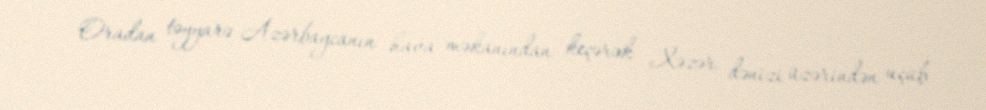
Oradan təyyarə Azərbaycanın hava məkanından keçərək Xəzər dənizi üzərindən uçub